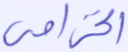
الخزامى